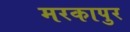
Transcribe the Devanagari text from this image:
मरकापुर